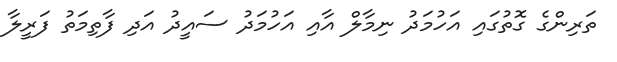
ތަރިންގެ ގޮތުގައި އަހުމަދު ނިމާލް އާއި އަހުމަދު ސައީދު އަދި ފާތިމަތު ފަރީލާ